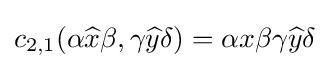
c_{2,1}(\alpha {\widehat {x}}\beta ,\gamma {\widehat {y}}\delta )=\alpha x\beta \gamma {\widehat {y}}\delta